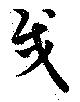
戍